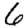
Digit: 6